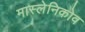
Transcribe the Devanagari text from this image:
मास्लेनिकोव